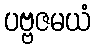
ပဗ္ဗဇမယံ